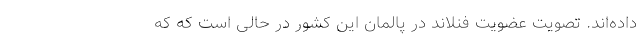
داده‌اند. تصویت عضویت فنلاند در پالمان این کشور در حالی است که که